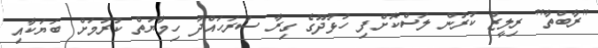
"ރާބްތާ" ރިލީޒް ކުރުން ލަސްކޮށްފި ހުޅުދޫގެ ގިރާ ސަރަހައްދު ހިމާޔަތް ކުރުމަށް ބަޔަކާއި